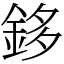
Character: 鉹